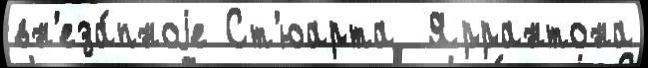
вн'еза́пноjе Ст'юарта  Яррантона